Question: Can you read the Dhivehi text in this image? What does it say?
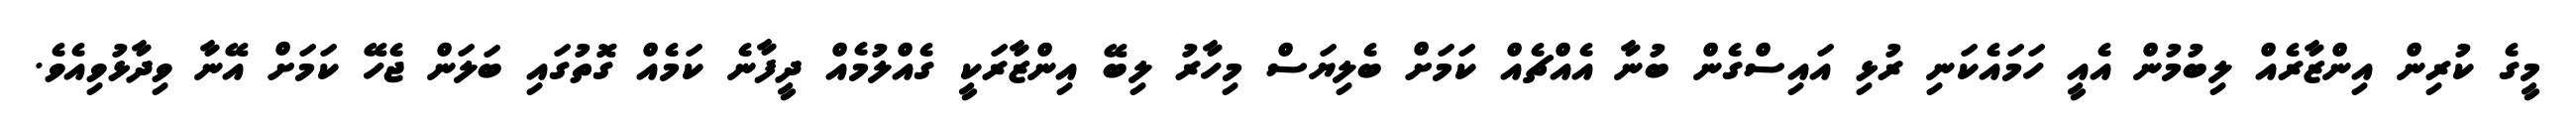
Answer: މީގެ ކުރިން އިންޒާރެއް ލިބުމުން އެއީ ހަމައެކަނި ރުޅި އައިސްގެން ބުނާ އެއްޗެއް ކަމަށް ބެލިޔަސް މިހާރު ލިބޭ އިންޒާރަކީ ގެއްލުމެއް ދީފާނެ ކަމެއް ގޮތުގައި ބަލަން ޖެހޭ ކަމަށް އޭނާ ވިދާޅުވިއެވެ.